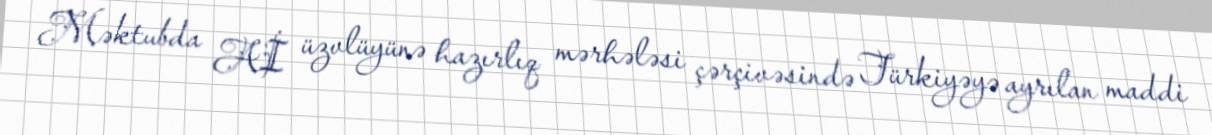
Məktubda Aİ üzvlüyünə hazırlıq mərhələsi çərçivəsində Türkiyəyə ayrılan maddi